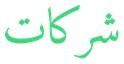
شركات